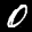
Label: 0